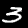
Label: 3